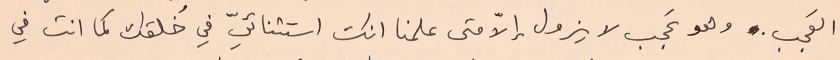
العَجب. وهو عَجب لا يزول إلاّ متى علمنا انك استثنائيّ في خُلقك كما انت في